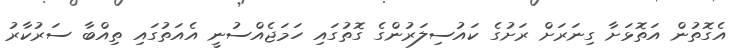
އެގޮތުން އަތޮޅަށާ ގިނަރަށް ރަށުގެ ކައުސިލަރުންގެ ގޮތުގައި ހަމަޖެއްސުނީ އެއަތުގައި ތިއްބާ ސަރުކާރު